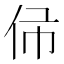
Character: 𠇛